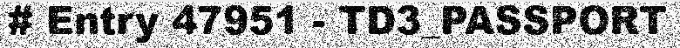
# Entry 47951 - TD3_PASSPORT